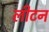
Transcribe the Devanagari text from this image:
लीटन